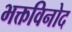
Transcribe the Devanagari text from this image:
भक्तविनोद